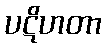
ပဋိဟတာ